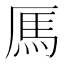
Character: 𫨑